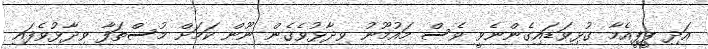
އަދި ޕީޕީއެމާ ގުޅިވަޑައިގެންނެވީ ވެސް މައުމޫނު ވިދާޅުވެގެން ނޫން ކަމަށް މުސްތަފާ ވިދާޅުވެފައި